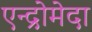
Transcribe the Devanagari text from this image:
एन्द्रोमेदा